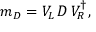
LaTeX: m _ { D } = V _ { L } \, D \, V _ { R } ^ { \dagger } ,